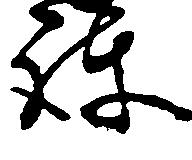
護